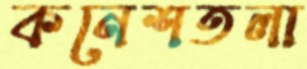
কনেশতলা